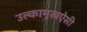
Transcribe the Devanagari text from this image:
उल्कामुखऐसी